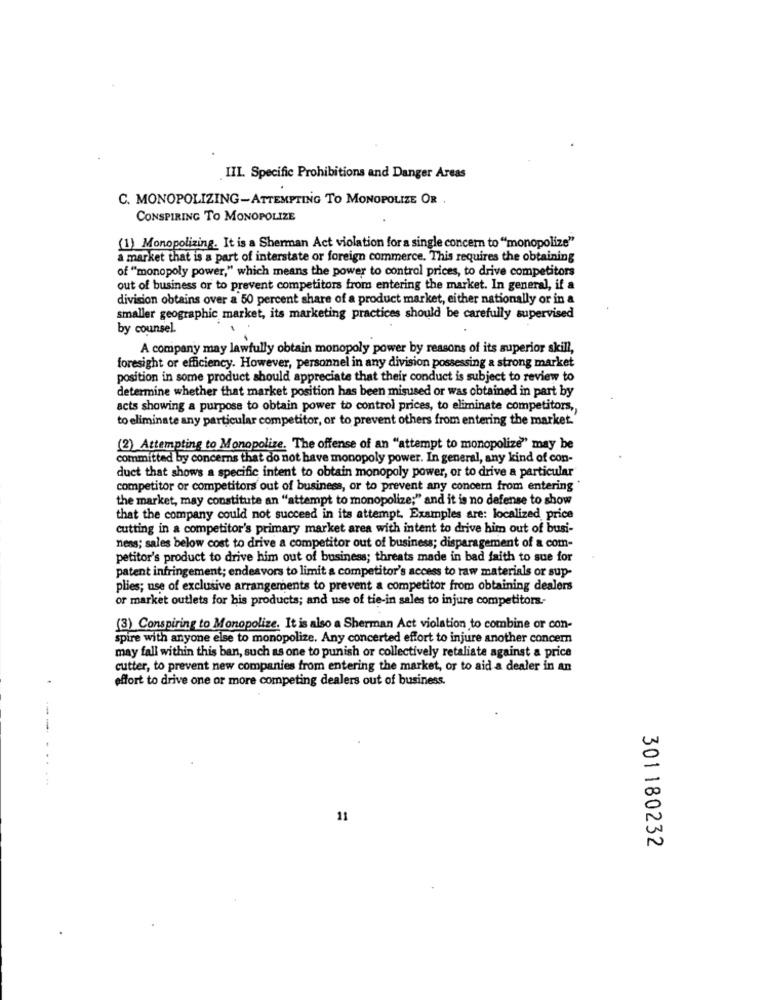
. III. Specific Prohibitions and Danger Areas
C. MONOPOLIZING-ATTEMPTING TO MONOPOLIZE OR .
CONSPIRING TO MONOPOLIZE
(1) Monopolizing. It is a Sherman Act violation for a single concern to "monopolize"
a market that is a part of interstate or foreign commerce. This requires the obtaining
of "monopoly power," which means the power to control prices, to drive competitors
out of business or to prevent competitors from entering the market. In general, if a
division obtains over a 50 percent share of a product market, either nationally or in a
smaller geographic market, its marketing practices should be carefully supervised
by counsel.
A company may lawfully obtain monopoly power by reasons of its superior skill,
foresight or efficiency. However, personnel in any division possessing a strong market
position in some product should appreciate that their conduct is subject to review to
determine whether that market position has been misused or was obtained in part by
acts showing a purpose to obtain power to control prices, to eliminate competitors,
to eliminate any particular competitor, or to prevent others from entering the market.'
(2) Attempting to Monopolize. The offense of an "attempt to monopolize" may be
committed by concerns that do not have monopoly power. In general, any kind of con-
duct that shows a specific intent to obtain monopoly power, or to drive a particular
competitor or competitors out of business, or to prevent any concern from entering"
the market, may constitute an "attempt to monopolize;" and it is no defense to show
that the company could not succeed in its attempt. Examples are: localized price
cutting in a competitor's primary market area with intent to drive him out of busi-
ness; sales below cost to drive a competitor out of business; disparagement of a com-
petitor's product to drive him out of business; threats made in bad faith to sue for
patent infringement; endeavors to limit a competitor's access to raw materials or sup-
plies; use of exclusive arrangements to prevent a competitor from obtaining dealers
or market outlets for bis products; and use of tie-in sales to injure competitors.
(3) Conspiring to Monopolize. It is also a Sherman Act violation to combine or con-
spire with anyone else to monopolize. Any concerted effort to injure another concern
may fall within this ban, such as one to punish or collectively retaliate against a price
cutter, to prevent new companies from entering the market, or to aid a dealer in an
effort to drive one or more competing dealers out of business.
--- . .
...
11
301180232